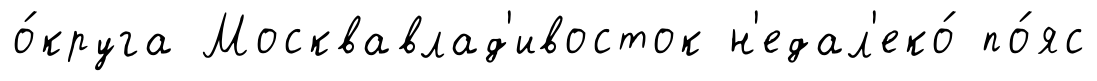
о́круга Москвавлад'ивосток н'едал'еко́ по́яс